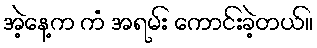
အဲ့နေ့က ကံ အရမ်း ကောင်းခဲ့တယ်။